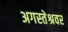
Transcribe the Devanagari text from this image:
अगस्‍तेश्रवर